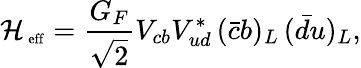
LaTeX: {\cal H}_{\mathrm{\scriptsize~eff}}=\frac{G_{F}}{\sqrt{2}}V_{cb}V_{ud}^{*}\, (\bar{c}b)_{L}\, (\bar{d}u)_{L},